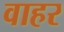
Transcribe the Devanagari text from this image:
वाहर